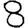
Digit: 8